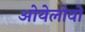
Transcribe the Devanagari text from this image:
ओयेलोवो